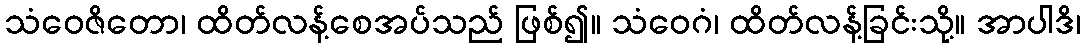
သံဝေဇိတော၊ ထိတ်လန့်စေအပ်သည် ဖြစ်၍။ သံဝေဂံ၊ ထိတ်လန့်ခြင်းသို့။ အာပါဒိ၊